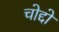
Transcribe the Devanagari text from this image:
चोद्दो